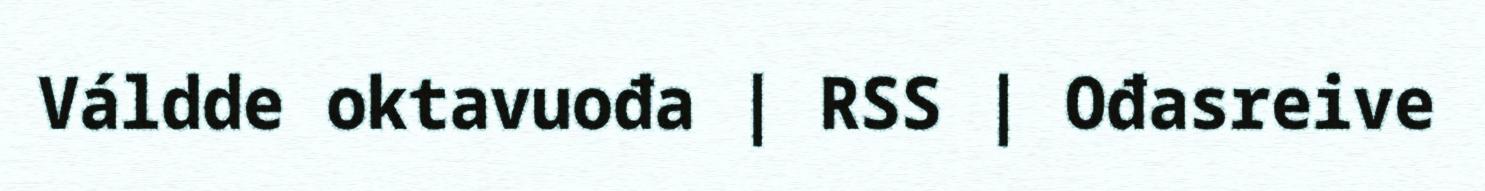
Váldde oktavuođa | RSS | Ođasreive